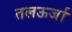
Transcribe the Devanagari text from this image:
तलऊर्जा